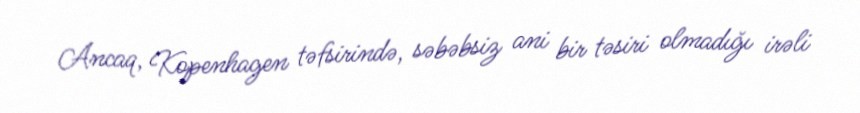
Ancaq, Kopenhagen təfsirində, səbəbsiz ani bir təsiri olmadığı irəli